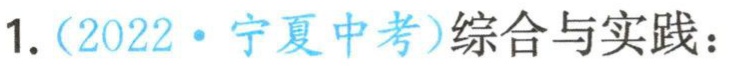
1.（2022·宁夏中考）综合与实践：